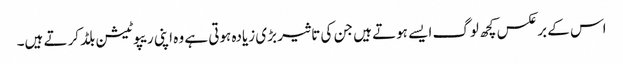
اس کے برعکس کچھ لوگ ایسے ہوتے ہیں جن کی تاثیر بڑی زیادہ ہوتی ہے وہ اپنی ریپوٹیشن بلڈ کرتے ہیں۔